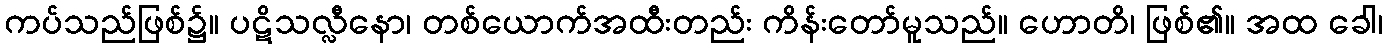
ကပ်သည်ဖြစ်၌။ ပဋိသလ္လီနော၊ တစ်ယောက်အထီးတည်း ကိန်းတော်မူသည်။ ဟောတိ၊ ဖြစ်၏။ အထ ခေါ၊